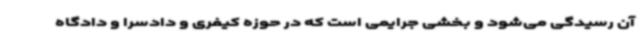
آن رسیدگی می‌شود و بخشی جرایمی است که در حوزه کیفری و دادسرا و دادگاه